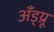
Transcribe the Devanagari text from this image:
अँड्य्रू